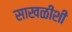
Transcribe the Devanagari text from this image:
साखळीशी